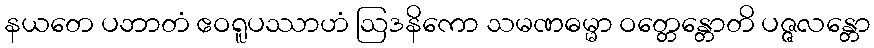
နယတေ ပဘာတံ ဧဝရူပဿာဟံ ဩဒနိကော သမဏဓမ္မာ ဝတ္တေန္တောတိ ပဇ္ဇလန္တော